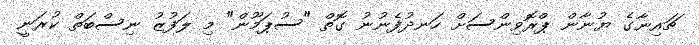
ޗައިނާގެ ޔުނާން ޕްރޮވިންސަށް ހަނދުފެނުނު ގޮތް "ސުޕަމޫން" މި ލަފުޒު ނިސްބަތް ކުރަނީ